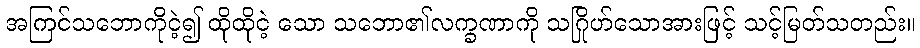
အကြင်သဘောကိုငဲ့၍ ထိုထိုငဲ့ သော သဘော၏လက္ခဏာကို သဂြိုဟ်သောအားဖြင့် သင့်မြတ်သတည်း။